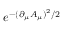
e ^ { - ( \partial _ { \mu } A _ { \mu } ) ^ { 2 } / 2 }